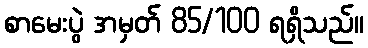
စာမေးပွဲ အမှတ် 85/100 ရရှိသည်။